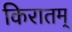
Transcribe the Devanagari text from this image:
किरातम्